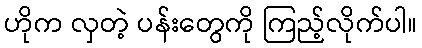
ဟိုက လှတဲ့ ပန်းတွေကို ကြည့်လိုက်ပါ။